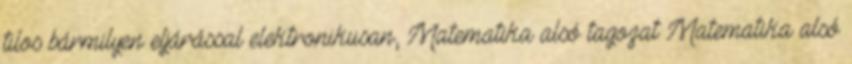
tilos bármilyen eljárással elektronikusan, Matematika alsó tagozat Matematika alsó